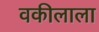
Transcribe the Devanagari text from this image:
वकीलाला